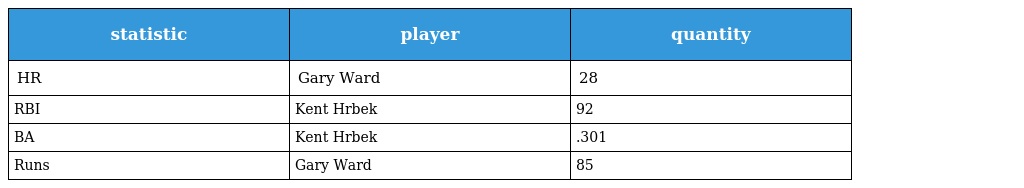
| statistic | player | quantity |
 | --- | --- | --- |
 | HR | Gary Ward | 28 |
 | RBI | Kent Hrbek | 92 |
 | BA | Kent Hrbek | .301 |
 | Runs | Gary Ward | 85 |